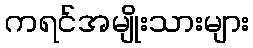
ကရင်အမျိုးသားများ